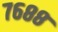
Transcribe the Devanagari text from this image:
७६८८